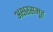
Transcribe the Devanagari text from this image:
अक्षरसमूह